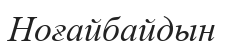
Ноғайбайдын